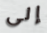
إلى